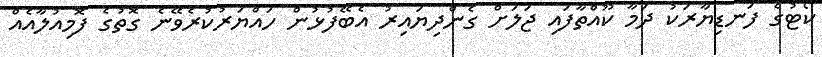
ކޯޓުގެ ފަނޑިޔާރަކު ދަމާ ކޫއްތާފައި ޖަލަށް ގެންދިޔައިރު އެބޭފުޅުން ހައްޔަރުކުރެވޭނެ ގޮތުގެ ފޮމިއުލާއެއް